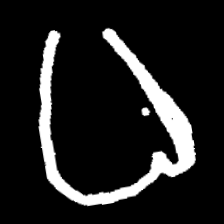
Pyu character \u2014 Myanmar letter: ဓ (romanized: dha)